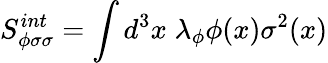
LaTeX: S_{\phi\sigma\sigma}^{int}=\int d^{3}x\; \lambda_{\phi}\phi(x)\sigma^{2}(x)